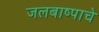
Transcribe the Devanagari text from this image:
जलबाष्पाचे